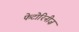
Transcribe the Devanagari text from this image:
फेटोरिनीज़